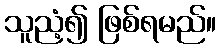
သူညံ့၍ ဖြစ်ရမည်။